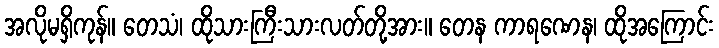
အလိုမရှိကုန်။ တေသံ၊ ထိုသားကြီးသားလတ်တို့အား။ တေန ကာရဏေန၊ ထိုအကြောင်း